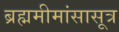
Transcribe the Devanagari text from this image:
ब्रह्ममीमांसासूत्र